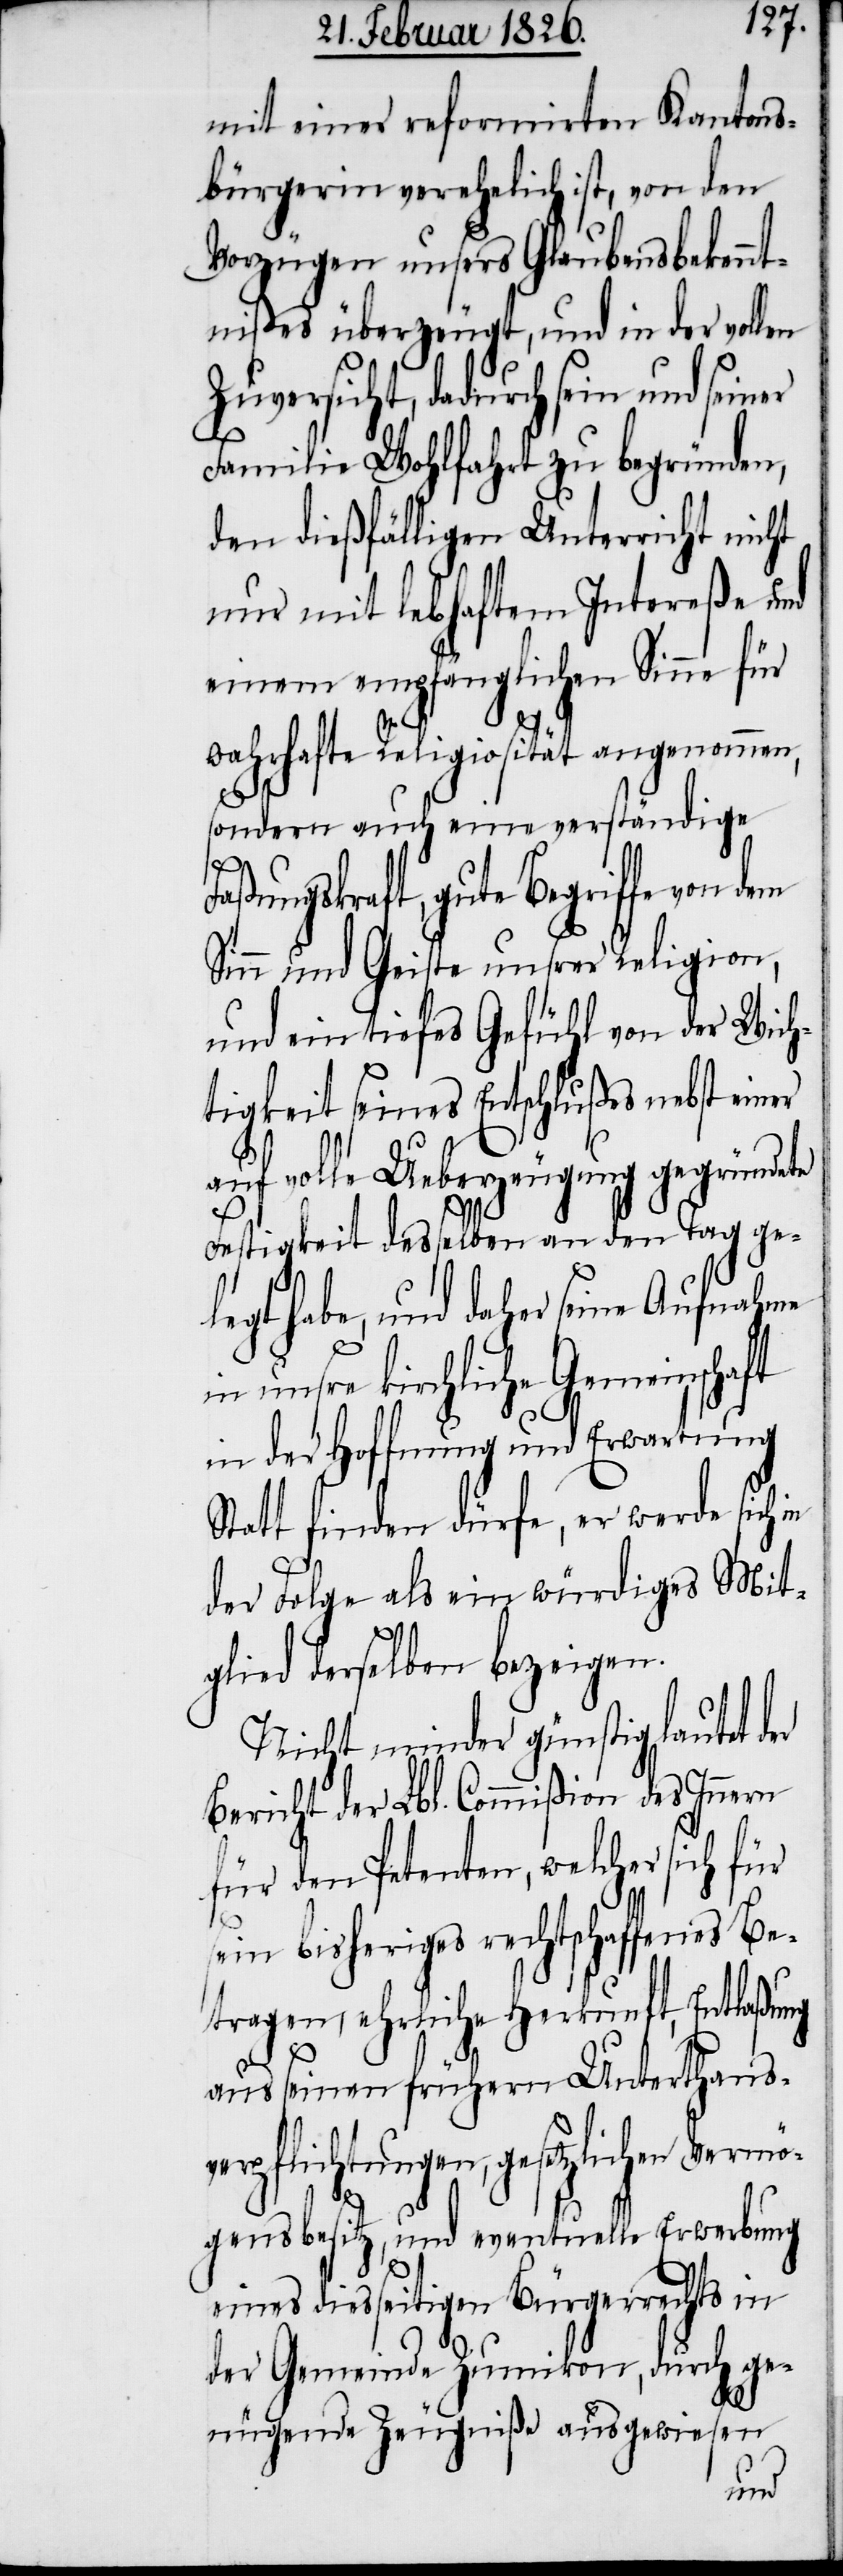
mit einer reformirten Kantons¬
bürgerin verehelicht ist, von den
Vorzügen unsers Glaubensbekennt¬
nißes überzeugt, und in der vollen
Zuversicht, dadurch sein und seiner
Familie Wohlfahrt zu begründen,
den dießfälligen Unterricht nicht
nur mit lebhaftem Intereße und
einem empfänglichen Sinne für
wahrhafte Religiosität angenommen,
für
sondern auch eine verständige
Faßungskraft, gute Begriffe von dem
Sinn und Geiste unsrer Religion,
und ein tiefes Gefühl von der Wich¬
tigkeit seines Entschlußes nebst einer
auf volle Ueberzeugung gegründete
Festigkeit desselben an den Tag ge¬
legt habe, und daher seine Aufnahme
in unsre kirchliche Gemeinschaft
in der Hoffnung und Erwartung
Statt finden dürfe, er werde sich
der Folge als ein würdiges Mit¬
glied derselben bezeigen.
Nicht minder günstig lautet der
Bericht der Lbl. Commißion des Innern
für den Petenten, welcher
sein bisheriges rechtschaffenes Be¬
tragen, ehrliche Herkunft, Entlaßung
aus seinen frühern Unterthans¬
verpflichtungen, gesetzlicher Vermö¬
gensbesitz, und eventuelle Erwerbung
eines diesseitigen Bürgerrechts in
der Gemeinde Zumikon, durch ge¬
nügende Zeugniße ausgewiesen